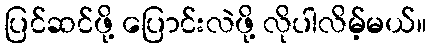
ပြင်ဆင်ဖို့ ပြောင်းလဲဖို့ လိုပါလိမ့်မယ်။